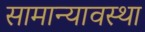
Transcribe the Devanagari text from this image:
सामान्यावस्था